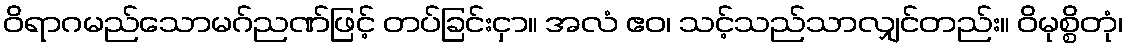
ဝိရာဂမည်သောမဂ်ညဏ်ဖြင့် တပ်ခြင်းငှာ။ အလံ ဧဝ၊ သင့်သည်သာလျှင်တည်း။ ဝိမုစ္စိတုံ၊